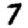
Digit: 7